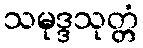
သမုဒ္ဒသုတ္တံ